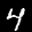
Label: 4